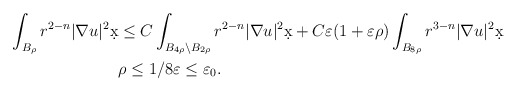
\begin{align*}\int_{B_{\rho}} r^{2-n} |\nabla u|^2 \d x &\leq C \int_{B_{4\rho} \setminus B_{2\rho}} r^{2-n} |\nabla u|^2 \d x + C \varepsilon(1 + \varepsilon \rho) \int_{B_{8\rho}} r^{3-n}|\nabla u|^2 \d x\\& \rho \leq 1/8 \varepsilon \leq \varepsilon_0.\end{align*}